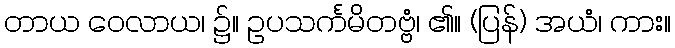
တာယ ဝေလာယ၊ ၌။ ဥပသင်္ကမိတဗ္ဗံ၊ ၏။ (ပြန်) အယံ၊ ကား။